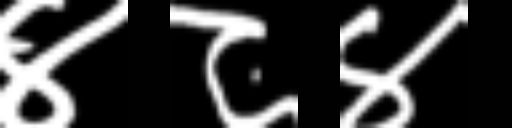
Text: ४८४